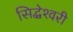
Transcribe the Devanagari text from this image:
सिद्धेश्‍वरी